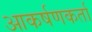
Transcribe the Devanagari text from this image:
आकर्षणकर्ता